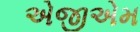
એજીએમ